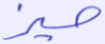
حيز